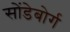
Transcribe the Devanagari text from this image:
सोंडेबोर्ग